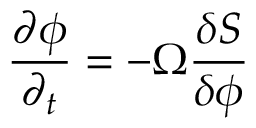
\frac { \partial \phi } { \partial _ { t } } = - \Omega \frac { \delta S } { \delta \phi }